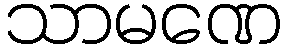
သာမဏေ